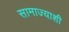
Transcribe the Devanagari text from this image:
सामाज्याशी